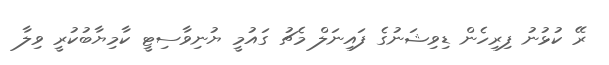
ރޭ ކުޅުނު ފިރިހެން ޑިވިޝަނުގެ ފައިނަލް މެޗު ގައުމީ ޔުނިވާސިޓީ ކާމިޔާބުކުރީ ވިލާ